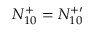
N _ { 1 0 } ^ { + } = N _ { 1 0 } ^ { + \prime }